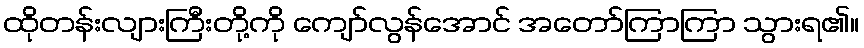
ထိုတန်းလျားကြီးတို့ကို ကျော်လွန်အောင် အတော်ကြာကြာ သွားရ၏။